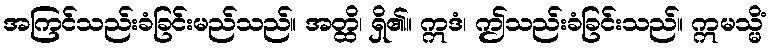
အကြင်သည်းခံခြင်းမည်သည်။ အတ္ထိ၊ ရှိ၏။ ဣဒံ၊ ဤသည်းခံခြင်းသည်။ ဣမသ္မိံ